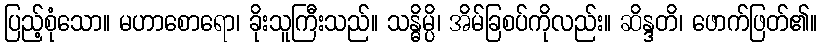
ပြည့်စုံသော။ မဟာစောရော၊ ခိုးသူကြီးသည်။ သန္ဓိမ္ပိ၊ အိမ်ခြစပ်ကိုလည်း။ ဆိန္ဒတိ၊ ဖောက်ဖြတ်၏။